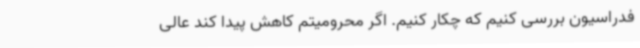
فدراسیون بررسی کنیم که چکار کنیم. اگر محرومیتم کاهش پیدا کند عالی